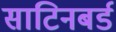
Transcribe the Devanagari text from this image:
साटिनबर्ड